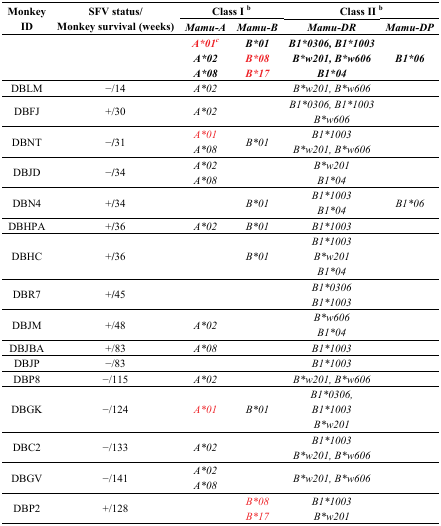
| <ROWSPAN=2> Monkey ID | <ROWSPAN=2> SFV status/Monkey survival (weeks) | <COLSPAN=2> Class I b | <COLSPAN=2> Class II b |
 | Mamu-A | Mamu-B | Mamu-DR | Mamu-DP |
 | --- | --- | --- | --- | --- | --- |
 |  |  | A*01cA*02A*08 | B*01B*08B*17 | B1*0306, B1*1003B*w201, B*w606B1*04 | B1*06 |
 | DBLM | −/14 | A*02 |  | B*w201, B*w606 |  |
 | DBFJ | +/30 | A*02 |  | B1*0306, B1*1003B*w606 |  |
 | DBNT | −/31 | A*01A*08 | B*01 | B1*1003B*w201, B*w606 |  |
 | DBJD | −/34 | A*02A*08 |  | B*w201B1*04 |  |
 | DBN4 | +/34 |  | B*01 | B1*1003B1*04 | B1*06 |
 | DBHPA | +/36 | A*02 | B*01 | B1*1003 |  |
 | DBHC | +/36 |  | B*01 | B1*1003B*w201B1*04 |  |
 | DBR7 | +/45 |  |  | B1*0306B1*1003 |  |
 | DBJM | +/48 | A*02 |  | B*w606B1*04 |  |
 | DBJBA | +/83 | A*08 |  | B1*1003 |  |
 | DBJP | −/83 |  |  | B1*1003 |  |
 | DBP8 | −/115 | A*02 |  | B*w201, B*w606 |  |
 | DBGK | −/124 | A*01 | B*01 | B1*0306,B1*1003B*w201 |  |
 | DBC2 | −/133 | A*02 |  | B1*1003B*w201, B*w606 |  |
 | DBGV | −/141 | A*02A*08 |  | B*w201, B*w606 |  |
 | DBP2 | +/128 |  | B*08B*17 | B1*1003B*w201 |  |